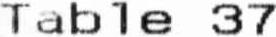
TABLE 37